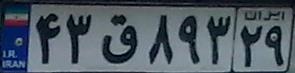
۴۳ق۸۹۳۲۹